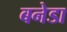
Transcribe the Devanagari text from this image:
बनेडा